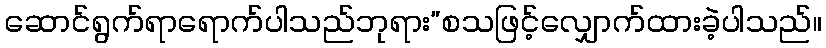
ဆောင်ရွက်ရာရောက်ပါသည်ဘုရား”စသဖြင့်လျှောက်ထားခဲ့ပါသည်။